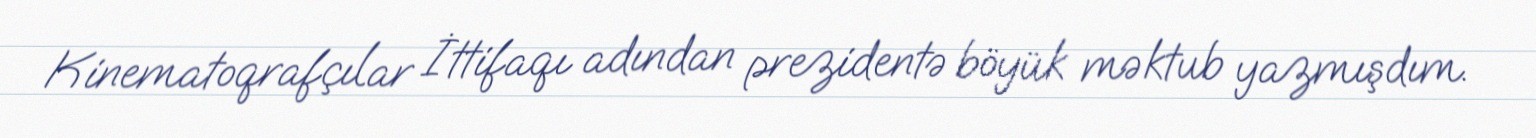
Kinematoqrafçılar İttifaqı adından prezidentə böyük məktub yazmışdım.